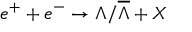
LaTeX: e ^ { + } + e ^ { - } \rightarrow \Lambda / \overline { { { \Lambda } } } + X